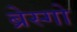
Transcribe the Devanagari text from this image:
ब्रेस्गो